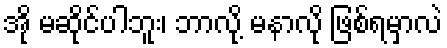
အို မဆိုင်ပါဘူး၊ ဘာလို့ မနာလို ဖြစ်ရမှာလဲ